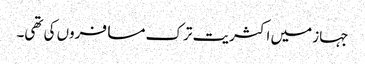
جہاز میں اکثریت ترک مسافروں کی تھی۔